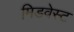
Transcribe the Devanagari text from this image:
मिडवेस्‍ट